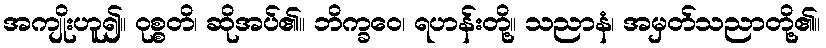
အကျိုးဟူ၍။ ဝုစ္စတိ၊ ဆိုအပ်၏။ ဘိက္ခဝေ၊ ရဟန်းတို့။ သညာနံ၊ အမှတ်သညာတို့၏။